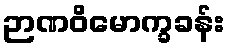
ဉာဏဝိမောက္ခခန်း